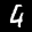
Label: 4